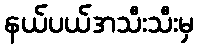
နယ်ပယ်အသီးသီးမှ